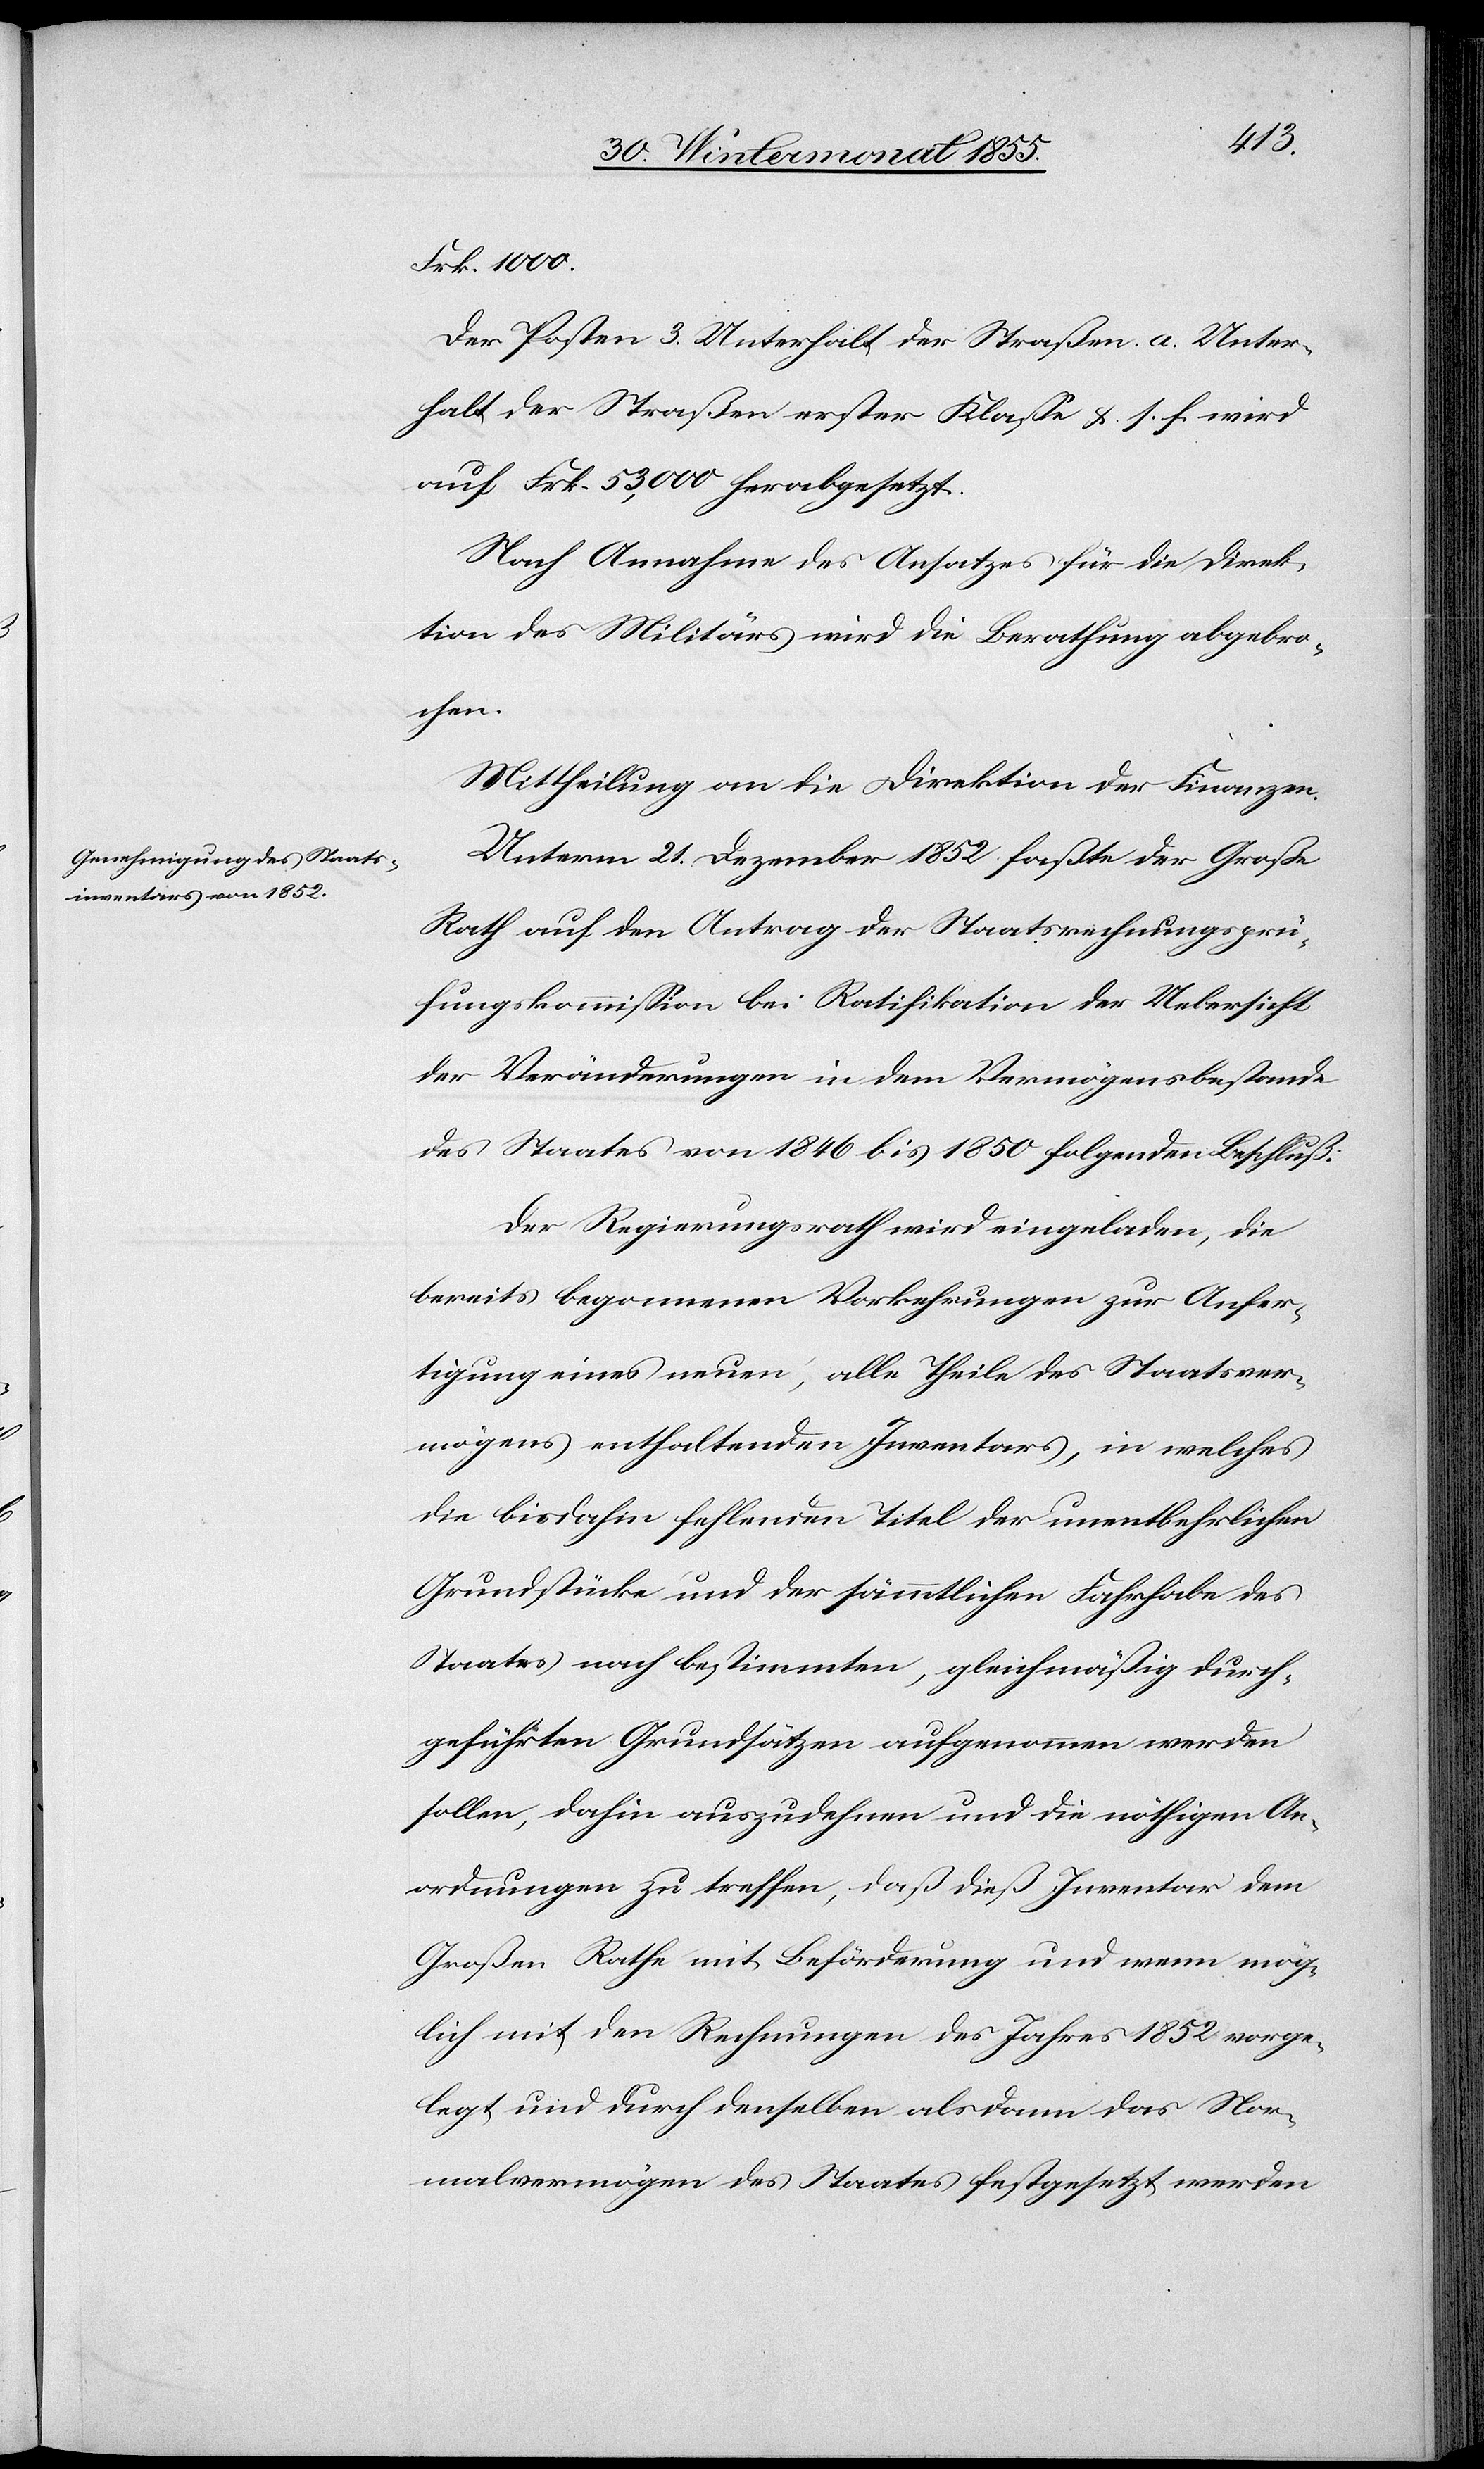
Frk. 1000.[“]
Der Posten 3. Unterhalt der Straßen. a. Unter¬
halt der Straßen erster Klasse &. s. f. wird
auf Frk. 53,000 herabgesetzt.
Nach Annahme des Ansatzes für die Direk¬
tion des Militärs wird die Berathung abgebro¬
chen.
Mittheilung an die Direktion der Finanzen.
Unterm 21. Dezember 1852 faßte der Große
Rath auf den Antrag der Staatsrechnungsprü¬
fungskommission bei Ratifikation der Uebersicht
der Veränderungen in dem Vermögensbestande
des Staates von 1846 bis 1850 folgenden Beschluß:
Der Regierungsrath wird eingeladen, die
bereits begonnenen Vorkehrungen zur Anfer¬
tigung eines neuen, alle Theile des Staatsver¬
mögens enthaltenden Inventars, in welches
die bisdahin fehlenden Titel der unentbehrlichen
Grundstücke und der sämmtlichen Fahrhabe des
Staates nach bestimmten, gleichmäßig durch¬
geführten Grundsätzen aufgenommen werden
sollen, dahin auszudehnen und die nöthigen An¬
ordnungen zu treffen, daß dieß Inventar dem
Großen Rathe mit Beförderung und wenn mög¬
lich mit den Rechnungen des Jahres 1852 vorge¬
legt und durch denselben alsdann das Nor¬
malvermögen des Staates festgesetzt werden